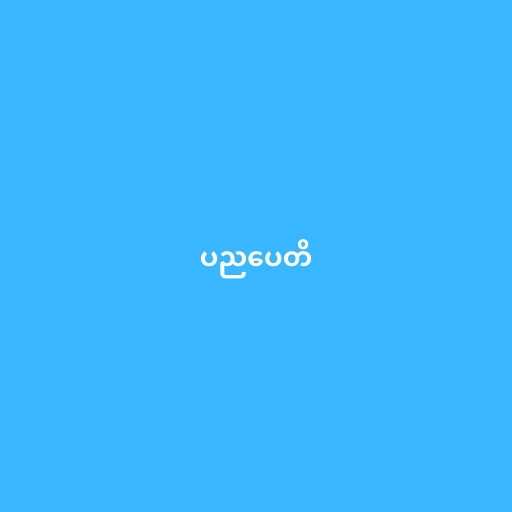
ပညပေတိ